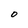
Character: O